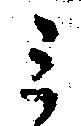
ミ